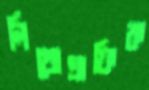
লিথোগ্রাফিক